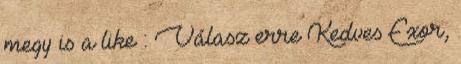
megy is a like : Válasz erre Kedves Exor,